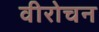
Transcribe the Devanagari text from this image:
वीरोचन